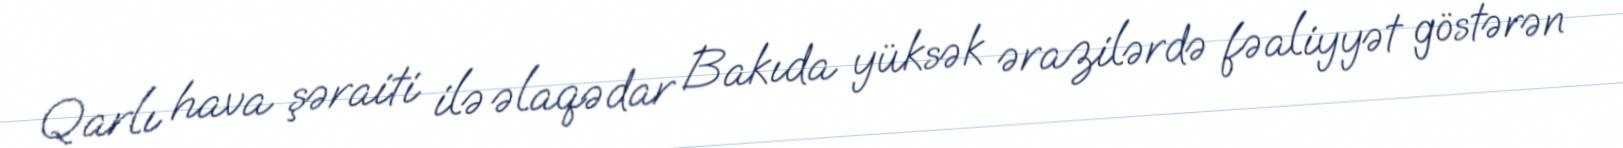
Qarlı hava şəraiti ilə əlaqədar Bakıda yüksək ərazilərdə fəaliyyət göstərən